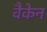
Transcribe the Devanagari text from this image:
वैकेन